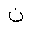
Letter: _non